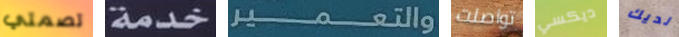
تصمتي خدمة والتعمير تواصلت ديكسي لديك